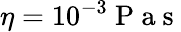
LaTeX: \eta=10^{-3}\mathrm{~P~a~s~}